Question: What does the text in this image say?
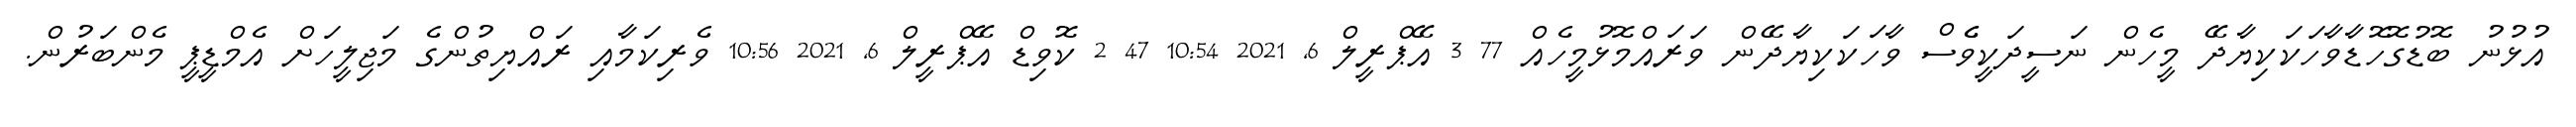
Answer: އުޅުނު ބޮޑުގޮހޮޑާވާހަކަކިޔާދޭ މީހެން ނަސީދަކީވެެސް ވާހަކަކިޔާދޭން ވަރައްމޮޅުމީހެއް 77 3 އޭޕްރީލް 6, 2021 10:54 47 2 ކޮވިޑް އޭޕްރީލް 6, 2021 10:56 ވެރިކަމާއި ރައްޔިތުންގެ މަޖިލީހަށް އެމްޑީޕީ މެންބަރުން.